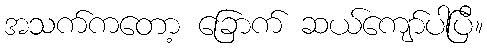
အသက်ကတော့ ခြောက် ဆယ်ကျော်ပါပြီ။